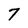
Character: 7